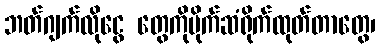
ဘတ်ဂျက်လိုငွေ တွေကိုပိုက်ဆံရိုက်ထုတ်တာတွေ၊